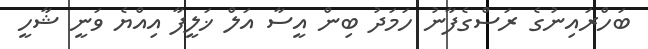
ބަހްރައިނުގެ ރަސްގެފާނު ހަމަދު ބިން އީސާ އަލް ޚަލީފާ އިއްޔެ ވަނީ ޝާހީ